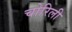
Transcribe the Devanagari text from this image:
चोरिली